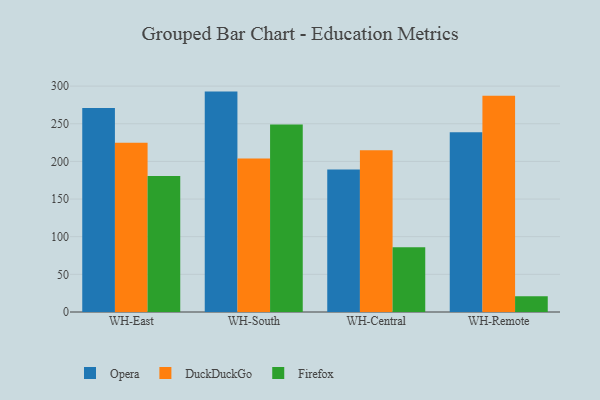
{"axis": {"x": "Warehouse", "y": "Bounce Rate (%)"}, "legend": ["DuckDuckGo", "Firefox", "Opera"], "data": [{"x": "WH-East", "y": 271.0, "type": "Opera"}, {"x": "WH-East", "y": 224.9, "type": "DuckDuckGo"}, {"x": "WH-East", "y": 180.6, "type": "Firefox"}, {"x": "WH-South", "y": 292.7, "type": "Opera"}, {"x": "WH-South", "y": 203.9, "type": "DuckDuckGo"}, {"x": "WH-South", "y": 249.1, "type": "Firefox"}, {"x": "WH-Central", "y": 189.1, "type": "Opera"}, {"x": "WH-Central", "y": 214.9, "type": "DuckDuckGo"}, {"x": "WH-Central", "y": 86.0, "type": "Firefox"}, {"x": "WH-Remote", "y": 238.6, "type": "Opera"}, {"x": "WH-Remote", "y": 287.3, "type": "DuckDuckGo"}, {"x": "WH-Remote", "y": 20.8, "type": "Firefox"}]}